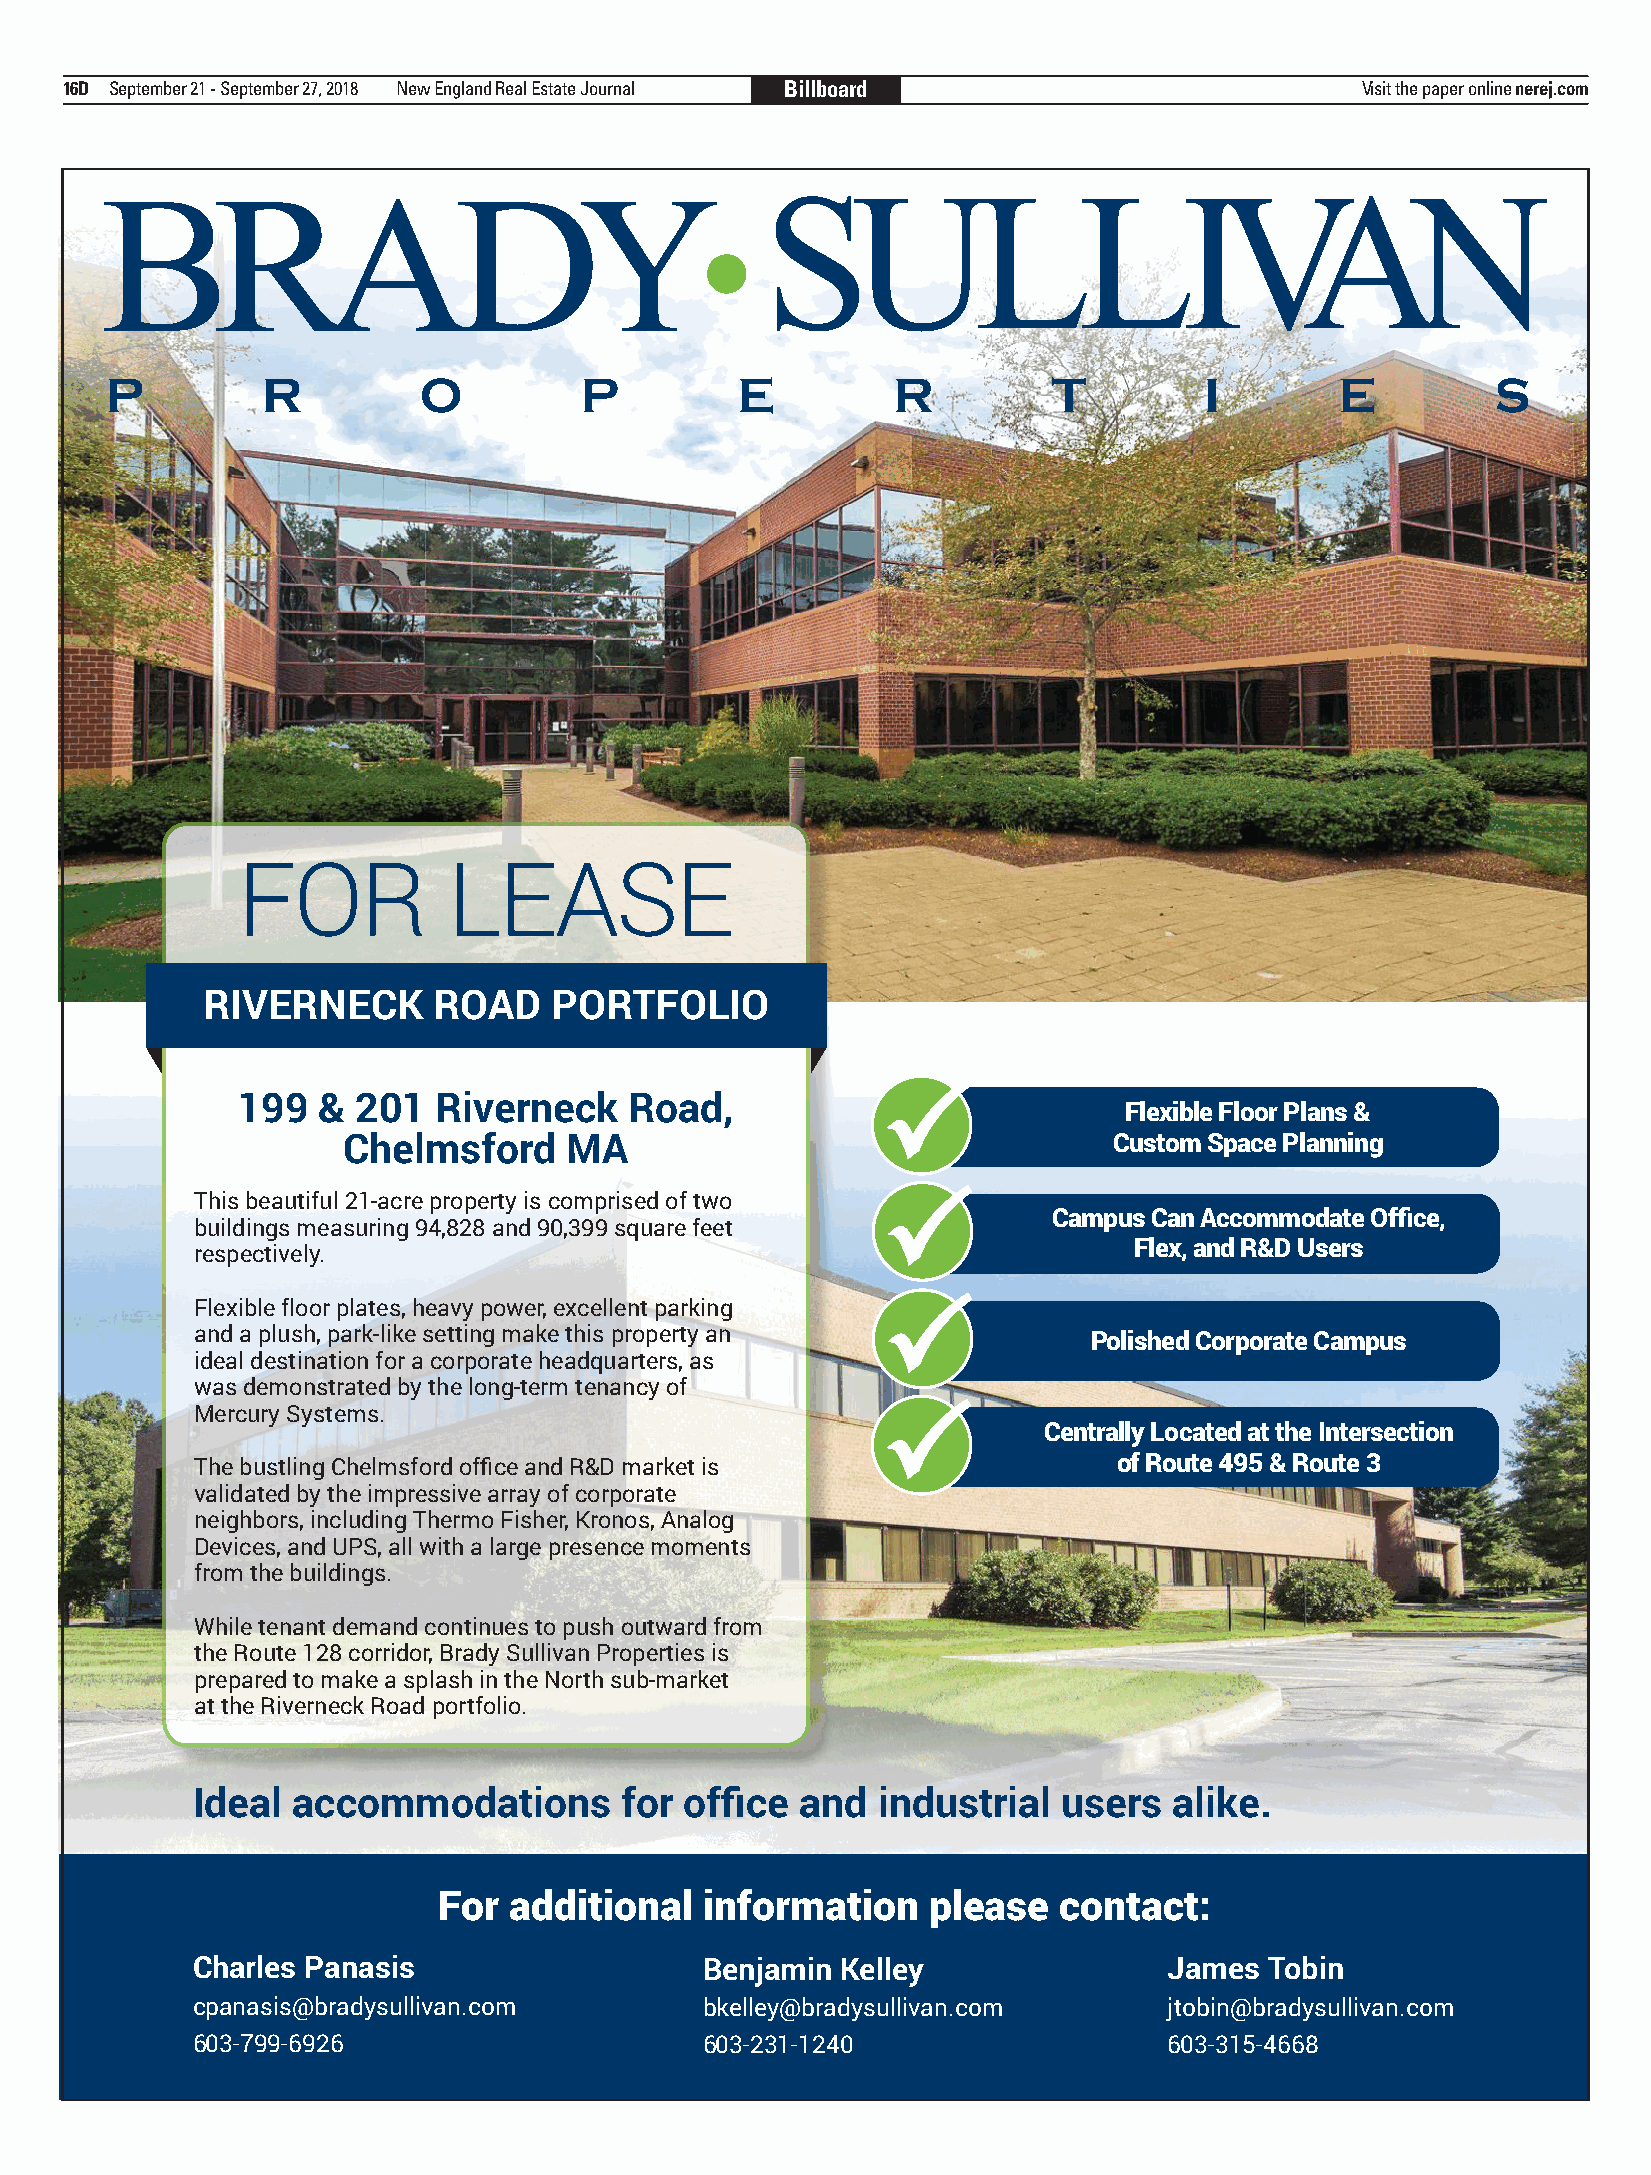
16D September 21 - September 27, 2018 New England Real Estate Journal Billboard       Visit the paper online nerej.com
 FOR           LEASE
 RIVERNECK       ROAD   PORTFOLIO
 
 199  &  201  Riverneck    Road,
 Flexible Floor Plans &
 Chelmsford    MA                                   Custom Space Planning
 
 This beautiful 21-acre property is comprised of two
 Campus Can Accommodate Office,
 buildings measuring 94,828 and 90,399 square feet
 Flex, and R&D Users
 respectively.
 Flexible floor plates, heavy power, excellent parking 
 and a plush, park-like setting make this property an       Polished Corporate Campus
 ideal destination for a corporate headquarters, as
 was demonstrated by the long-term tenancy of
 Mercury Systems.                             
 Centrally Located at the Intersection
 The bustling Chelmsford office and R&D market is             of Route 495 & Route 3
 validated by the impressive array of corporate
 neighbors, including Thermo Fisher, Kronos, Analog
 Devices, and UPS, all with a large presence moments
 from the buildings.
 While tenant demand continues to push outward from
 the Route 128 corridor, Brady Sullivan Properties is
 prepared to make a splash in the North sub-market
 at the Riverneck Road portfolio.
 Ideal accommodations        for office  and  industrial  users   alike.
 For  additional   information    please  contact:
 Charles Panasis                  Benjamin  Kelley               James  Tobin
 cpanasis@bradysullivan.com       bkelley@bradysullivan.com      jtobin@bradysullivan.com
 603-799-6926                     603-231-1240                   603-315-4668
 June 2018_Wk3_Chelmsford.indd 1                                                           6/4/2018 12:28:57 PM